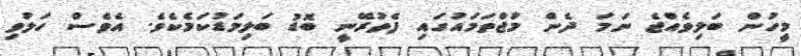
މީހުން ބަލިވެއްޖެ ނަމަ ދެން މުޖްތަމައުގައި ފެތުރޭނީ ބޮޑު ބަލިމަޑުކަމެކެވެ. އެވެސް ހަލުވި